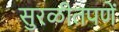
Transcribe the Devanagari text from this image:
सुरळीतपणें